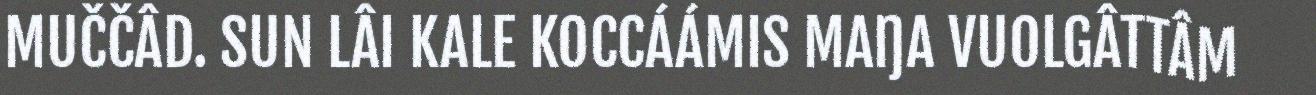
MUČČÂD. SUN LÂI KALE KOCCÁÁMIS MAŊA VUOLGÂTTÂM